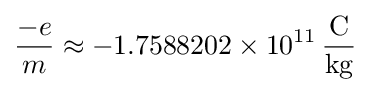
{\frac {-e}{m}}\approx -1.7588202\times 10^{11}\,\mathrm {\frac {C}{kg}}